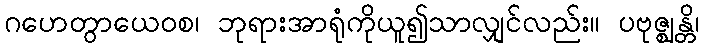
ဂဟေတွာယေဝစ၊ ဘုရားအာရုံကိုယူ၍သာလျှင်လည်း။ ပဗုဇ္ဈန္တိ၊